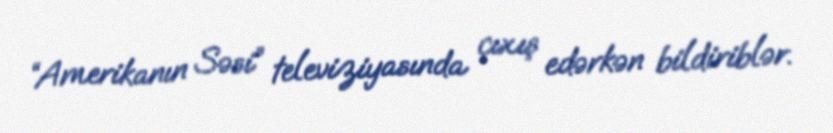
“Amerikanın Səsi” televiziyasında çıxış edərkən bildiriblər.